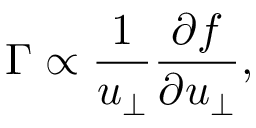
\Gamma \propto \frac { 1 } { u _ { \perp } } \frac { \partial f } { \partial u _ { \perp } } ,